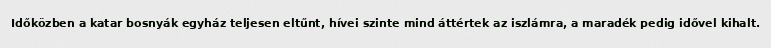
Időközben a katar bosnyák egyház teljesen eltűnt, hívei szinte mind áttértek az iszlámra, a maradék pedig idővel kihalt.